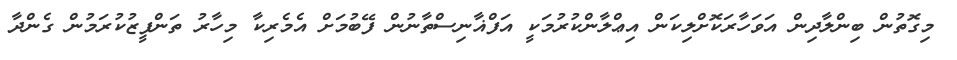
މިގޮތުން ބިންލާދިން އަވަހާރަކޮށްލިކަން އިޢްލާންކުރުމަކީ އަފްޣާނިސްތާނުން ފޭބުމަށް އެމެރިކާ މިހާރު ތަންފީޒުކުރަމުން ގެންދާ